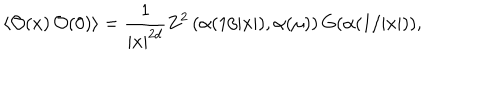
\langle { \cal O } ( x ) \, { \cal O } ( 0 ) \rangle = { \frac { 1 } { | x | ^ { 2 d } } } Z ^ { 2 } \left( \alpha ( 1 / | x | ) , \alpha ( \mu ) \right) G ( \alpha ( 1 / | x | ) ) ,